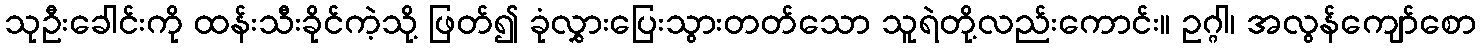
သုဦးခေါင်းကို ထန်းသီးခိုင်ကဲ့သို့ ဖြတ်၍ ခုံလွှားပြေးသွားတတ်သော သူရဲတို့လည်းကောင်း။ ဥဂ္ဂါ၊ အလွန်ကျော်စော